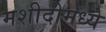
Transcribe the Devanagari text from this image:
मशीदीमध्ये